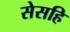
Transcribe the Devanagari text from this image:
सेसहि